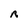
Character: R